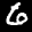
Label: 6